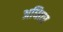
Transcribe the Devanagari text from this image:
अधितर